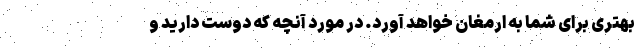
بهتری برای شما به ارمغان خواهد آورد. در مورد آنچه که دوست دارید و